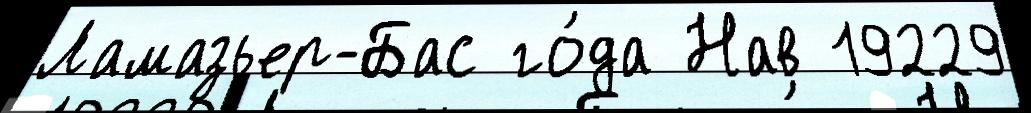
Ламазьер-Бас го́да Нав 19229